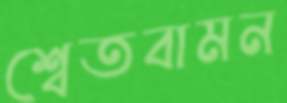
শ্বেতবামন